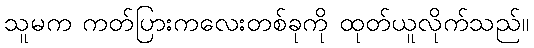
သူမက ကတ်ပြားကလေးတစ်ခုကို ထုတ်ယူလိုက်သည်။